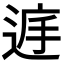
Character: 𨓍